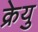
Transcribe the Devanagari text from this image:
क्रेयु